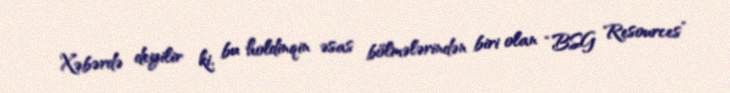
Xəbərdə deyilir ki, bu holdinqin əsas bölmələrindən biri olan “BSG Resources”